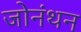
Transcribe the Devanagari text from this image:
जोनंथन